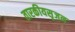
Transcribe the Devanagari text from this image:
तारकीयसृजन